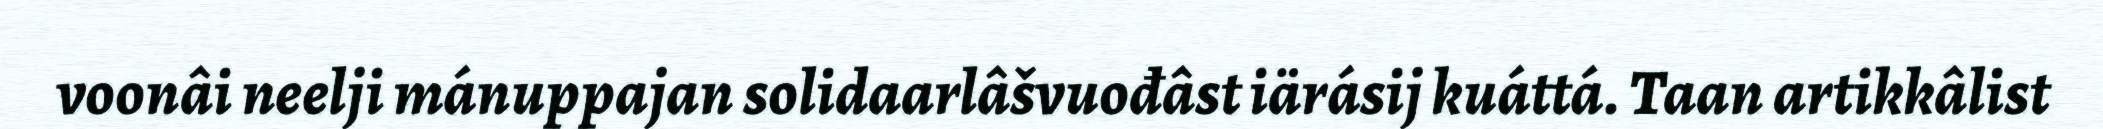
voonâi neelji mánuppajan solidaarlâšvuođâst iärásij kuáttá. Taan artikkâlist